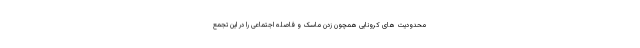
محدودیت های کرونایی همچون زدن ماسک و فاصله اجتماعی را در این تجمع